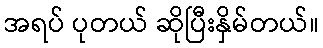
အရပ် ပုတယ် ဆိုပြီးနှိမ်တယ်။